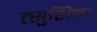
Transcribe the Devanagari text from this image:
त्सुशिमा